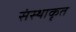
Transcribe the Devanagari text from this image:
संस्थाकृत